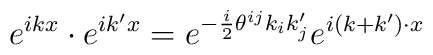
e^{ikx} \cdot  e^{ik'x} = e^{-{i\over 2}\theta^{ij} k_i k'_j} e^{i(k+k')\cdot x}